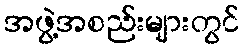
အဖွဲ့အစည်းများတွင်